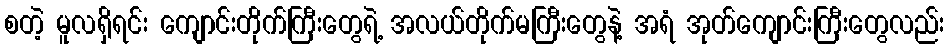
စတဲ့ မူလရှိရင်း ကျောင်းတိုက်ကြီးတွေရဲ့ အလယ်တိုက်မကြီးတွေနဲ့ အရံ အုတ်ကျောင်းကြီးတွေလည်း